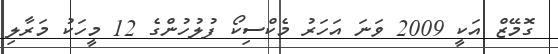
ގޮމޭޒް އަކީ 2009 ވަނަ އަހަރު މެކްސިކޯ ފުލުހުންގެ 12 މީހަކު މަރާލި